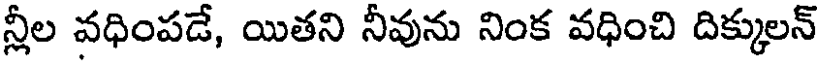
న్లీల వధింపడే, యితని నీవును నింక వధించి దిక్కులన్